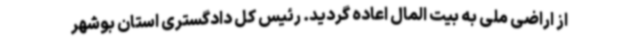
از اراضی ملی به بیت المال اعاده گردید. رئیس کل دادگستری استان بوشهر